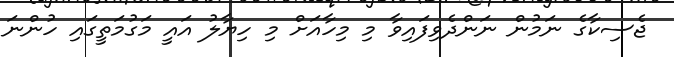
ޖެސިކާގެ ނަމުން ނަންދެވިފައިވާ މި މިހާއަށް މި ހިޔާލު އައީ މަގުމަތީގައި ހުންނަ